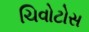
ચિવોટોસ